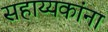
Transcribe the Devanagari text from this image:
सहाय्यकांना